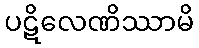
ပဋိလေဏိဿာမိ